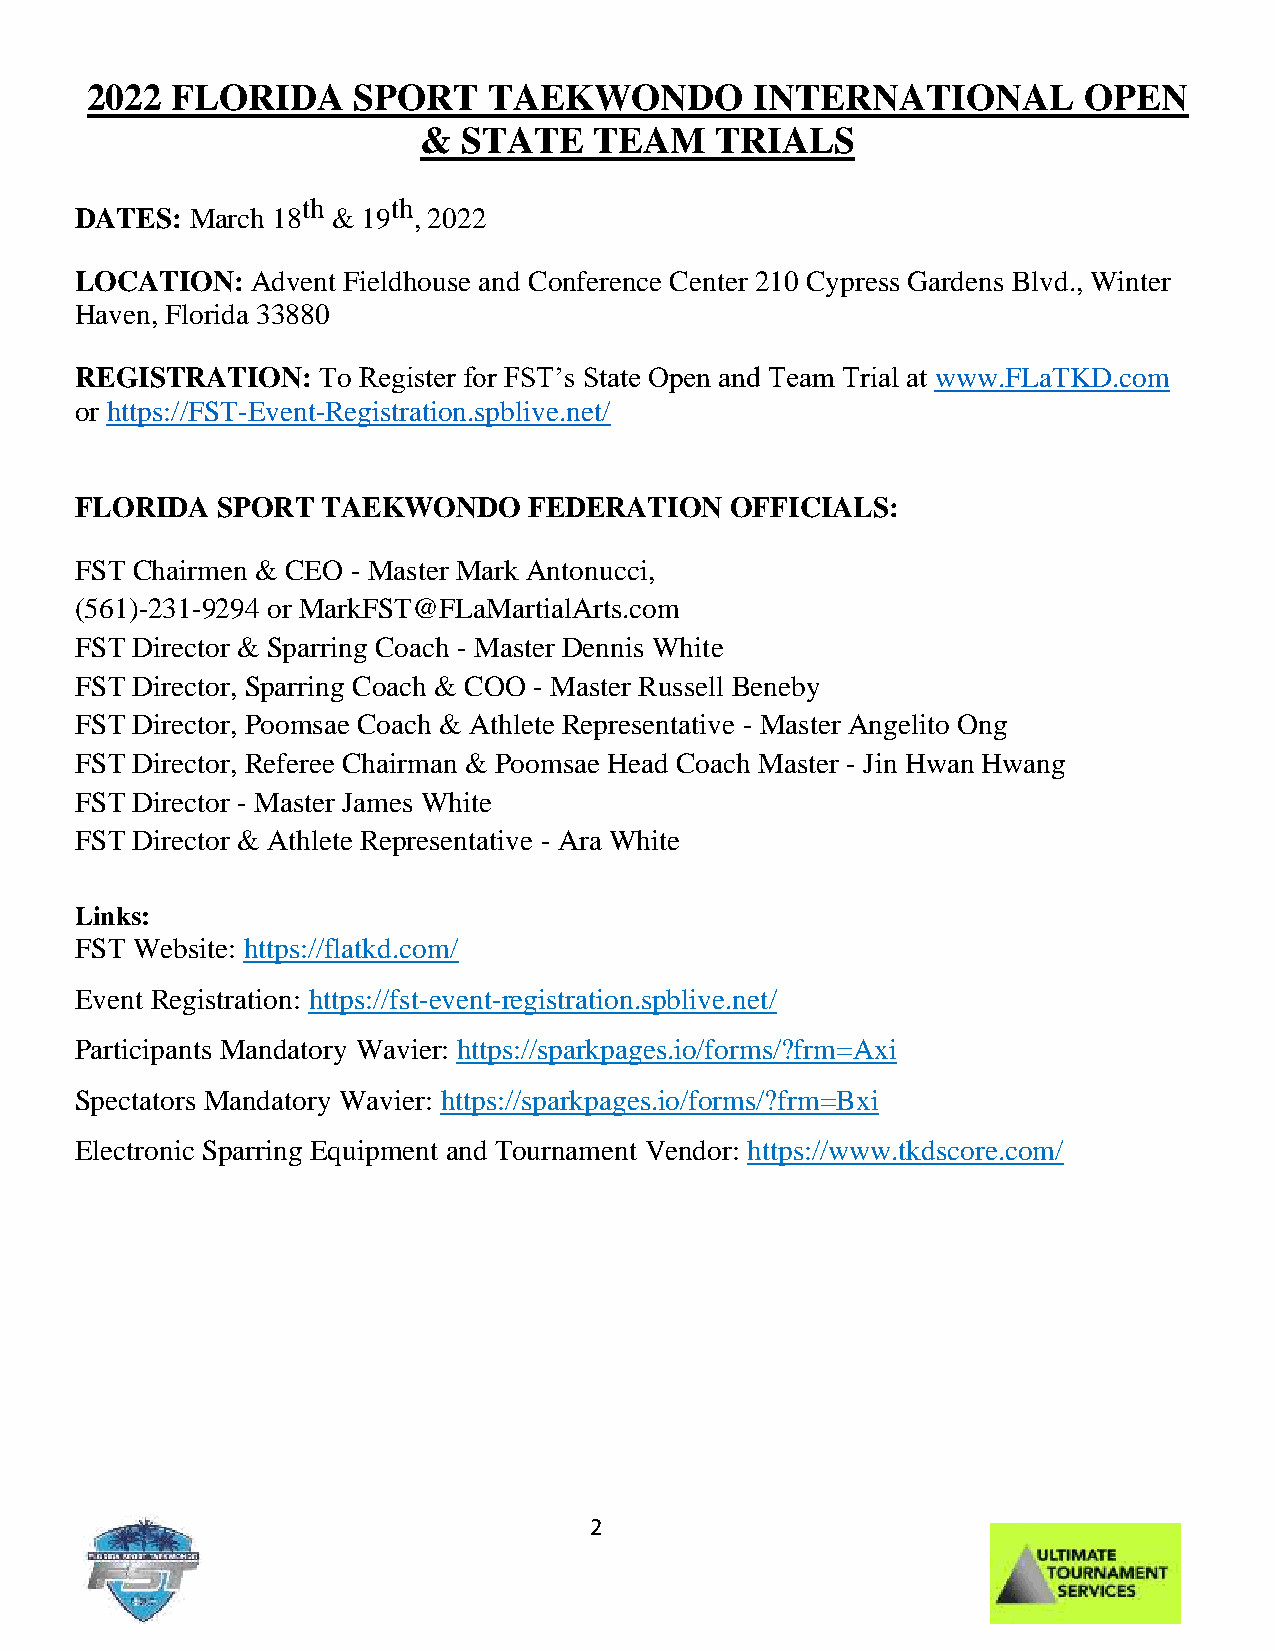
2022 FLORIDA     SPORT    TAEKWONDO         INTERNATIONAL         OPEN
 &  STATE   TEAM    TRIALS
 th    th
 DATES:  March 18 & 19 , 2022
 LOCATION:   Advent Fieldhouse and Conference Center 210 Cypress Gardens Blvd., Winter
 Haven, Florida 33880
 REGISTRATION:   To Register for FST’s State Open and Team Trial at www.FLaTKD.com
 or https://FST-Event-Registration.spblive.net/
 FLORIDA  SPORT  TAEKWONDO     FEDERATION   OFFICIALS:
 FST Chairmen & CEO - Master Mark Antonucci,
 (561)-231-9294 or MarkFST@FLaMartialArts.com
 FST Director & Sparring Coach - Master Dennis White
 FST Director, Sparring Coach & COO - Master Russell Beneby
 FST Director, Poomsae Coach & Athlete Representative - Master Angelito Ong
 FST Director, Referee Chairman & Poomsae Head Coach Master - Jin Hwan Hwang
 FST Director - Master James White
 FST Director & Athlete Representative - Ara White
 Links:
 FST Website: https://flatkd.com/
 Event Registration: https://fst-event-registration.spblive.net/
 Participants Mandatory Wavier: https://sparkpages.io/forms/?frm=Axi
 Spectators Mandatory Wavier: https://sparkpages.io/forms/?frm=Bxi
 Electronic Sparring Equipment and Tournament Vendor: https://www.tkdscore.com/
 2